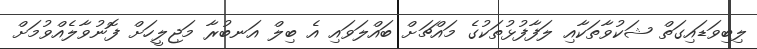
ލިބިވަޑައިގަތް ޝަކުވާތަކާއި ލަފާފުޅުތަކުގެ މައްޗަށް ބައްލަވައި އެ ބިލް އަނބުރާ މަޖިލީހަށް ފޮނުވާލެއްވުމަށް